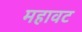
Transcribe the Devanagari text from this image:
महावट